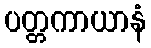
ပတ္တကာယာနံ